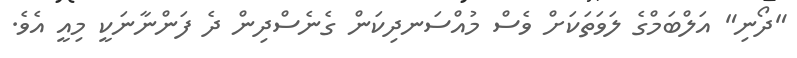
"ދޯނި" އަލްބަމްގެ ލަވަތަކަށް ވެސް މުއްސަނދިކަން ގެނެސްދިން ދެ ފަންނާނަކީ މިއީ އެވެ.